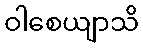
ဝါစေယျာသိ